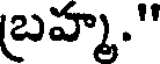
బ్రహ్మ."